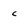
Character: c